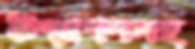
উদ্যাপনসহ